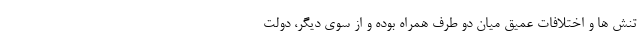
تنش ها و اختلافات عمیق میان دو طرف همراه بوده و از سوی دیگر، دولت